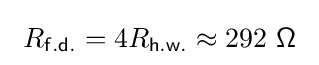
\ R_{\mathsf {f.d.}}=4R_{\mathsf {h.w.}}\approx 292\ {\mathsf {\Omega }}~